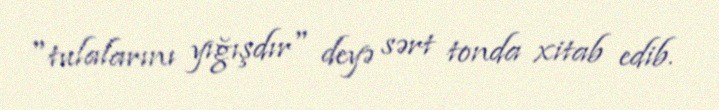
"tulalarını yığışdır" deyə sərt tonda xitab edib.